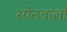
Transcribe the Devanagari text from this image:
स्पेनवालों